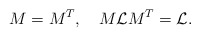
\begin{align*}M = M^T, \quad M{\cal{L}}M^T = {\cal{L}}.\end{align*}